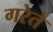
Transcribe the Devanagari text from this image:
गरेते